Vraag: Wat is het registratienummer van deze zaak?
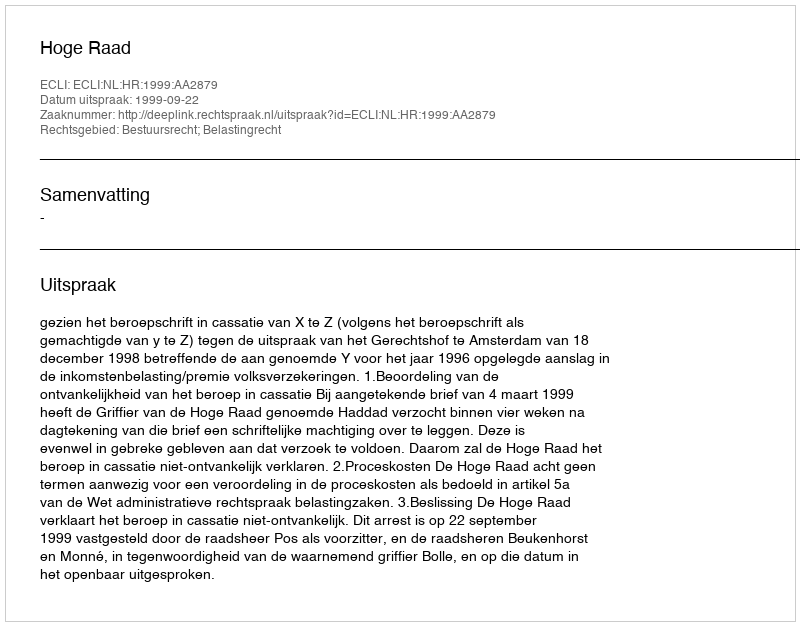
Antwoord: http://deeplink.rechtspraak.nl/uitspraak?id=ECLI:NL:HR:1999:AA2879